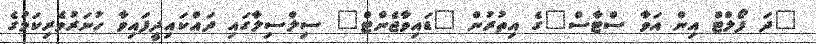
"ދަ ފޯލްޓް އިން އަވާ ސްޓާސް"ގެ އިތުރުން "ޑައިވާޖެންޓް" ސިލްސިލާގައި ދައްކައިދީފައިވާ ހުނަރުވެރިކަމުގެ